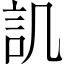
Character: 𮗸